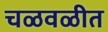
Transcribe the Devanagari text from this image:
चळवळीत